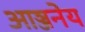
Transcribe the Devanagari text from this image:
आञ्जनेय